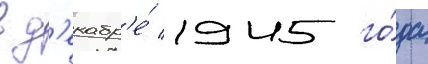
в д'екабр'е́ 1945 го́да